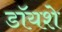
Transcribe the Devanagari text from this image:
डॉयशे